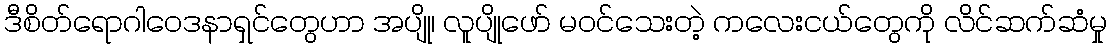
ဒီစိတ်ရောဂါဝေဒနာရှင်တွေဟာ အပျို၊ လူပျိုဖော် မဝင်သေးတဲ့ ကလေးငယ်တွေကို လိင်ဆက်ဆံမှု